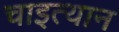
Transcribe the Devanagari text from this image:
चाइत्यान